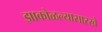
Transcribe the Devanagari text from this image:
झाकोळल्यासारखे